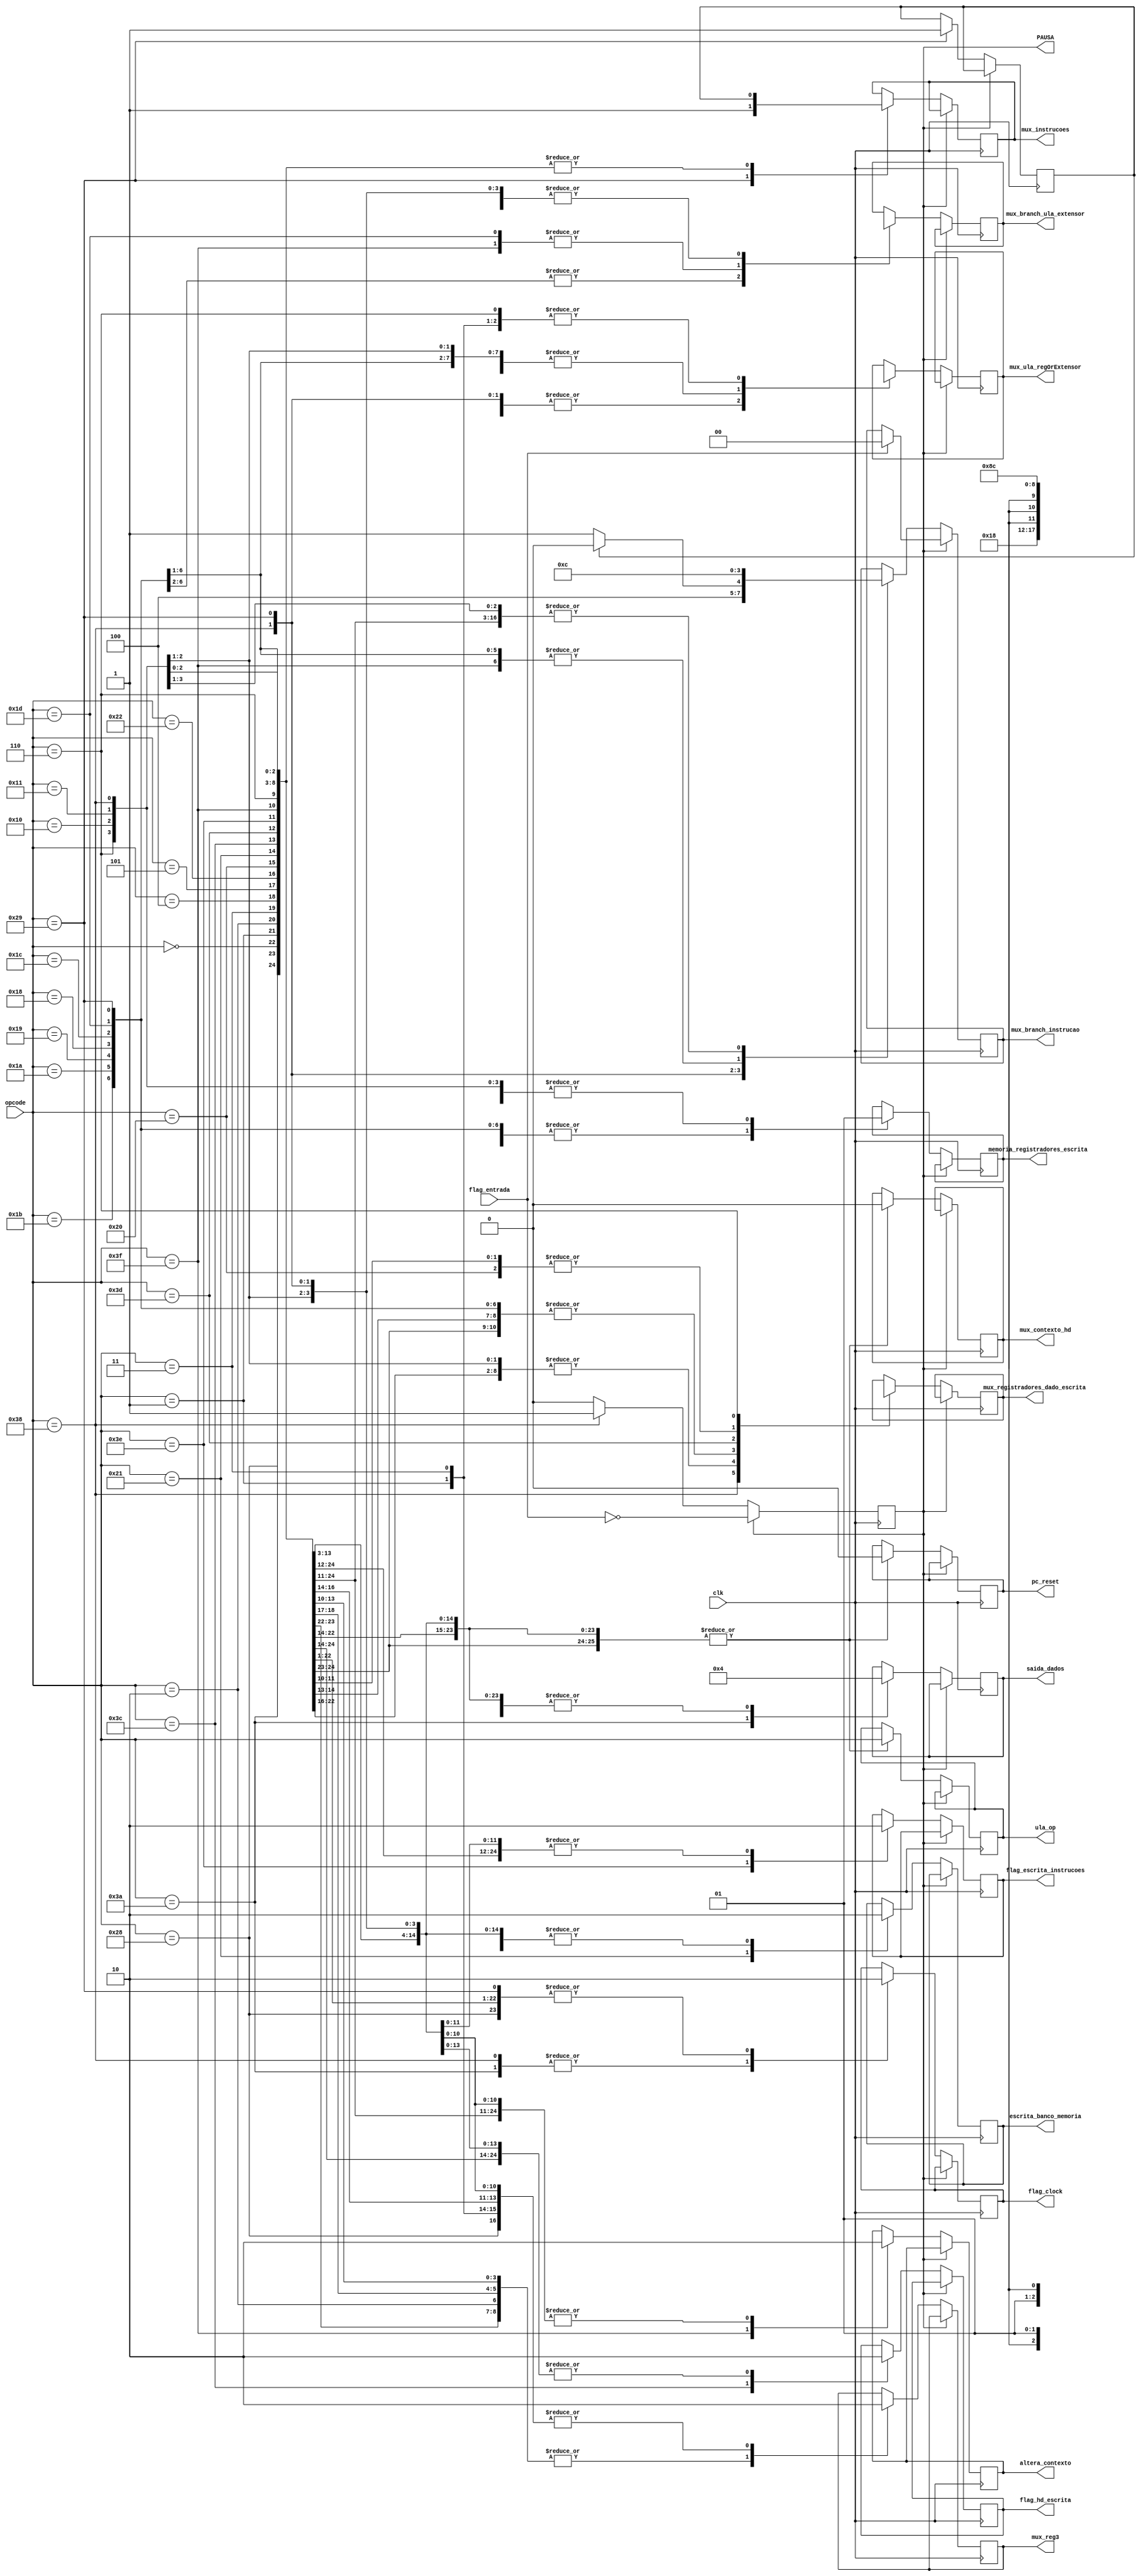
module unidadeControle(
clk,
opcode,
pc_reset,
mux_branch_instrucao,
mux_branch_ula_extensor,
memoria_registradores_escrita,
mux_registradores_dado_escrita,
mux_ula_regOrExtensor,
ula_op,
escrita_banco_memoria,
saida_dados,
mux_reg3,
flag_entrada,
flag_clock,
flag_hd_escrita,
flag_escrita_instrucoes,
mux_instrucoes,
altera_contexto,
mux_contexto_hd,
PAUSA
);


	input [5:0] opcode;
	input clk, flag_entrada;
	
	//flags
	output reg pc_reset, mux_branch_ula_extensor,
	memoria_registradores_escrita, mux_ula_regOrExtensor,
	escrita_banco_memoria, mux_reg3, flag_clock, flag_hd_escrita, flag_escrita_instrucoes,mux_instrucoes, altera_contexto, mux_contexto_hd;
	
	output reg [1:0] saida_dados, mux_branch_instrucao;
	output reg [2:0] mux_registradores_dado_escrita;
	
	output reg [5:0] ula_op;
	
	output reg PAUSA = 1'b0;
	
	
	
	//INSTRUCOES ARITMETICAS
	localparam [5:0] ADD = 6'b000000, ADDI = 6'b000001, ADDPC = 6'b000110, SUB = 6'b000010, SUBI = 6'b000011, MULT = 6'b000100, DIV = 6'b000101;
	
	//INSTRUES DE LGICA
	localparam [5:0] AND = 6'b001000, ANDI = 6'b001001, OR = 6'b001010, ORI = 6'b001011, NOT = 6'b001100, XOR = 6'b001101;
	
	//INSTRUOES DE DESLOCAMENTO
	localparam [5:0] SLL = 6'b010000, SRL = 6'b010001;
	
	//INSTRUOES DE BRANCH
	localparam [5:0] BEQ = 6'b011000, BNE = 6'b011001, BGT = 6'b011010, BLT = 6'b011011, JMP = 6'b011100, JMPR = 6'b011101;
	
	//INSTRUOES DE DADOS
	localparam [5:0] LW = 6'b100000, STORE = 6'b100001, MOV = 6'b100010;
	
	//INSTRUES DE CONTROLE
	localparam [5:0] NOP = 6'b101000, RESET = 6'b101010, HLT = 6'b101001;
	
	//INSTRUES I/O		
	localparam [5:0] OUT3 = 6'b111010, IN = 6'b111000, OUT = 6'b111001;
	
	//istrucoes I/O HD - instrucoes para o hd precisam de psasar o contexto 
	localparam [5:0] HDIN = 6'b111100, HDOUT = 6'b111101;
	
	//instrucao HD -> MEM INSTRUCOES
	localparam [5:0] HDINS = 6'b111110;
	
	//instrucao troca d contexto
	localparam [5:0] TROCACONT = 6'b111111;

	reg alternaBios = 1'b0;
	
	always @(negedge clk) begin
			if(PAUSA == 1'b1) begin
				PAUSA = ~flag_entrada;
				if (flag_entrada == 1'b1)
					mux_branch_instrucao = 2'b00;
			end
			else begin
				case (opcode[5:0])
					BLT: begin
						pc_reset = 1'b0;
						mux_branch_instrucao = 2'b11;
						mux_branch_ula_extensor = 1'b0;
						memoria_registradores_escrita = 1'b0;
						mux_registradores_dado_escrita = 3'bxx;
						mux_ula_regOrExtensor = 1'b0;
						ula_op = opcode;
						escrita_banco_memoria = 1'b0;
						saida_dados = 2'b00;
						mux_reg3 = 1'b0;
						flag_clock = 1'b0;
						flag_hd_escrita = 1'b0;
						flag_escrita_instrucoes = 1'b0;
						mux_instrucoes = alternaBios;
						altera_contexto = 1'b0;
						mux_contexto_hd = 1'b0;
					end
				
					BGT: begin
						pc_reset = 1'b0;
						mux_branch_instrucao = 2'b11;
						mux_branch_ula_extensor = 1'b0;
						memoria_registradores_escrita = 1'b0;
						mux_registradores_dado_escrita = 3'bxx;
						mux_ula_regOrExtensor = 1'b0;
						ula_op = opcode;
						escrita_banco_memoria = 1'b0;
						saida_dados = 2'b00;
						mux_reg3 = 1'b0;
						flag_clock = 1'b0;
						flag_hd_escrita = 1'b0;
						flag_escrita_instrucoes = 1'b0;
						mux_instrucoes = alternaBios;
						altera_contexto = 1'b0;
						mux_contexto_hd = 1'b0;
					end
				
					BNE: begin
						pc_reset = 1'b0;
						mux_branch_instrucao = 2'b11;
						mux_branch_ula_extensor = 1'b0;
						memoria_registradores_escrita = 1'b0;
						mux_registradores_dado_escrita = 3'bxx;
						mux_ula_regOrExtensor = 1'b0;
						ula_op = opcode;
						escrita_banco_memoria = 1'b0;
						saida_dados = 2'b00;
						mux_reg3 = 1'b0;
						flag_clock = 1'b0;
						flag_hd_escrita = 1'b0;
						flag_escrita_instrucoes = 1'b0;
						mux_instrucoes = alternaBios;
						altera_contexto = 1'b0;
						mux_contexto_hd = 1'b0;
					end
				
					BEQ: begin
						pc_reset = 1'b0;
						mux_branch_instrucao = 2'b11;
						mux_branch_ula_extensor = 1'b0;
						memoria_registradores_escrita = 1'b0;
						mux_registradores_dado_escrita = 3'bxx;
						mux_ula_regOrExtensor = 1'b0;
						ula_op = opcode;
						escrita_banco_memoria = 1'b0;
						saida_dados = 2'b00;
						mux_reg3 = 1'b0;
						flag_clock = 1'b0;
						flag_hd_escrita = 1'b0;
						flag_escrita_instrucoes = 1'b0;
						mux_instrucoes = alternaBios;
						altera_contexto = 1'b0;
						mux_contexto_hd = 1'b0;
					end
					
					JMP: begin
						pc_reset = 1'b0;
						mux_branch_instrucao = 2'b11;
						mux_branch_ula_extensor = 1'b0;
						memoria_registradores_escrita = 1'b0;
						mux_registradores_dado_escrita = 3'bxx;
						mux_ula_regOrExtensor = 1'b0;
						ula_op = opcode;
						escrita_banco_memoria = 1'b0;
						saida_dados = 2'b00;
						mux_reg3 = 1'b0;
						flag_clock = 1'b0;
						flag_hd_escrita = 1'b0;
						flag_escrita_instrucoes = 1'b0;
						mux_instrucoes = alternaBios;
						altera_contexto = 1'b0;
						mux_contexto_hd = 1'b0;
					end
					
					JMPR: begin
						pc_reset = 1'b0;
						mux_branch_instrucao = 2'b11;
						mux_branch_ula_extensor = 1'b1;//seta que o dado vem da ula
						memoria_registradores_escrita = 1'b0;
						mux_registradores_dado_escrita = 3'bxx;
						mux_ula_regOrExtensor = 1'b0;
						ula_op = opcode;
						escrita_banco_memoria = 1'b0;
						saida_dados = 2'b00;
						mux_reg3 = 1'b0;
						flag_clock = 1'b0;
						flag_hd_escrita = 1'b0;
						flag_escrita_instrucoes = 1'b0;
						mux_instrucoes = alternaBios;
						altera_contexto = 1'b0;
						mux_contexto_hd = 1'b0;
					end
					
					SLL: begin
						pc_reset = 1'b0;
						mux_branch_instrucao = 2'b00;
						mux_branch_ula_extensor = 1'bx;
						memoria_registradores_escrita = 1'b1;
						mux_registradores_dado_escrita = 3'b000;
						mux_ula_regOrExtensor = 1'b0;
						ula_op = opcode;
						escrita_banco_memoria = 1'b0;
						saida_dados = 2'b00;
						mux_reg3 = 1'b0;
						flag_clock = 1'b0;
						flag_hd_escrita = 1'b0;
						flag_escrita_instrucoes = 1'b0;
						mux_instrucoes = alternaBios;
						altera_contexto = 1'b0;
						mux_contexto_hd = 1'b0;
					end
					
					SRL: begin
						pc_reset = 1'b0;
						mux_branch_instrucao = 2'b00;
						mux_branch_ula_extensor = 1'bx;
						memoria_registradores_escrita = 1'b1;
						mux_registradores_dado_escrita = 3'b000;
						mux_ula_regOrExtensor = 1'b0;
						ula_op = opcode;
						escrita_banco_memoria = 1'b0;
						saida_dados = 2'b00;
						mux_reg3 = 1'b0;
						flag_clock = 1'b0;
						flag_hd_escrita = 1'b0;
						flag_escrita_instrucoes = 1'b0;
						mux_instrucoes = alternaBios;
						altera_contexto = 1'b0;
						mux_contexto_hd = 1'b0;
					end
					
					IN: begin
						pc_reset = 1'b0;
						mux_branch_instrucao = 2'b10;
						mux_branch_ula_extensor = 1'bx;
						memoria_registradores_escrita = 1'b1;
						mux_registradores_dado_escrita = 3'b011;
						mux_ula_regOrExtensor = 1'bx;
						ula_op = opcode;
						escrita_banco_memoria = 1'b0;
						saida_dados = 2'b00;
						mux_reg3 = 1'b0;
						PAUSA = 1'b1;
						flag_clock = 1'b1;
						flag_hd_escrita = 1'b0;
						flag_escrita_instrucoes = 1'b0;
						mux_instrucoes = alternaBios;
						altera_contexto = 1'b0;
						mux_contexto_hd = 1'b0;
					end
					
					HLT: begin
						pc_reset = 1'b0;
						mux_branch_instrucao = 2'b00;
						mux_branch_ula_extensor = 1'bx;
						memoria_registradores_escrita = 1'b0;
						mux_registradores_dado_escrita = 3'bxxx;
						mux_ula_regOrExtensor = 1'bx;
						ula_op = opcode;
						escrita_banco_memoria = 1'b0;
						saida_dados = 2'b00;
						mux_reg3 = 1'b0;
						flag_clock = 1'b0;
						flag_hd_escrita = 1'b0;
						flag_escrita_instrucoes = 1'b0;
						if (alternaBios == 1'b0) begin
							alternaBios = 1'b1;
							mux_branch_instrucao = 2'b01;
						end
						else begin
							pc_reset = 1'b0;
						end
						mux_instrucoes = alternaBios;
						altera_contexto = 1'b0;
						mux_contexto_hd = 1'b0;
					end
					
					NOP: begin
						pc_reset = 1'b0;
						mux_branch_instrucao = 2'b00;
						mux_branch_ula_extensor = 1'bx;
						memoria_registradores_escrita = 1'b0;
						mux_registradores_dado_escrita = 3'bxxx; //dado memoria
						mux_ula_regOrExtensor = 1'b0;
						ula_op = opcode;
						escrita_banco_memoria = 1'b0;
						saida_dados = 2'b00;
						mux_reg3 = 1'b0;
						flag_clock = 1'b0;
						flag_hd_escrita = 1'b0;
						flag_escrita_instrucoes = 1'b0;
						mux_instrucoes = alternaBios;
						altera_contexto = 1'b0;
						mux_contexto_hd = 1'b0;
					end
					
					OUT3: begin
						pc_reset = 1'b0;
						mux_branch_instrucao = 2'b00;
						mux_branch_ula_extensor = 1'bx;
						memoria_registradores_escrita = 1'b0;
						mux_registradores_dado_escrita = 3'bxxx;
						mux_ula_regOrExtensor = 1'bx;
						ula_op = opcode;
						escrita_banco_memoria = 1'b0;
						saida_dados = 2'b01;
						mux_reg3 = 1'b1;
						flag_clock = 1'b1;
						flag_hd_escrita = 1'b0;
						flag_escrita_instrucoes = 1'b0;
						mux_instrucoes = alternaBios;
						altera_contexto = 1'b0;
						mux_contexto_hd = 1'b0;
					end
						
						
					ADD: begin
						pc_reset = 1'b0;
						mux_branch_instrucao = 2'b00;
						mux_branch_ula_extensor = 1'bx;
						memoria_registradores_escrita = 1'b1;
						mux_registradores_dado_escrita = 3'b000;
						mux_ula_regOrExtensor = 1'b0;
						ula_op = opcode;
						escrita_banco_memoria = 1'b0;
						saida_dados = 2'b00;
						mux_reg3 = 1'b1;
						flag_clock = 1'b0;
						flag_hd_escrita = 1'b0;
						flag_escrita_instrucoes = 1'b0;
						mux_instrucoes = alternaBios;
						altera_contexto = 1'b0;
						mux_contexto_hd = 1'b0;
					end
					
					ADDI: begin
						pc_reset = 1'b0;
						mux_branch_instrucao = 2'b00;
						mux_branch_ula_extensor = 1'bx;
						memoria_registradores_escrita = 1'b1;
						mux_registradores_dado_escrita = 3'b000;
						mux_ula_regOrExtensor = 1'b1;
						ula_op = opcode;
						escrita_banco_memoria = 1'b0;
						saida_dados = 2'b00;
						mux_reg3 = 1'b0;
						flag_clock = 1'b0;
						flag_hd_escrita = 1'b0;
						flag_escrita_instrucoes = 1'b0;
						mux_instrucoes = alternaBios;
						altera_contexto = 1'b0;
						mux_contexto_hd = 1'b0;
					end
					
					SUB: begin
						pc_reset = 1'b0;
						mux_branch_instrucao = 2'b00;
						mux_branch_ula_extensor = 1'bx;
						memoria_registradores_escrita = 1'b1;
						mux_registradores_dado_escrita = 3'b000;
						mux_ula_regOrExtensor = 1'b0;
						ula_op = opcode;
						escrita_banco_memoria = 1'b0;
						saida_dados = 2'b00;
						mux_reg3 = 1'b1;
						flag_clock = 1'b0;
						flag_hd_escrita = 1'b0;
						flag_escrita_instrucoes = 1'b0;
						mux_instrucoes = alternaBios;
						altera_contexto = 1'b0;
						mux_contexto_hd = 1'b0;
					end
					
					SUBI: begin
						pc_reset = 1'b0;
						mux_branch_instrucao = 2'b00;
						mux_branch_ula_extensor = 1'bx;
						memoria_registradores_escrita = 1'b1;
						mux_registradores_dado_escrita = 3'b000;
						mux_ula_regOrExtensor = 1'b1;
						ula_op = opcode;
						escrita_banco_memoria = 1'b0;
						saida_dados = 2'b00;
						mux_reg3 = 1'b0;
						flag_clock = 1'b0;
						flag_hd_escrita = 1'b0;
						flag_escrita_instrucoes = 1'b0;
						mux_instrucoes = alternaBios;
						altera_contexto = 1'b0;
						mux_contexto_hd = 1'b0;
					end
					
					MULT: begin
						pc_reset = 1'b0;
						mux_branch_instrucao = 2'b00;
						mux_branch_ula_extensor = 1'bx;
						memoria_registradores_escrita = 1'b1;
						mux_registradores_dado_escrita = 3'b000;
						mux_ula_regOrExtensor = 1'b0;
						ula_op = opcode;
						escrita_banco_memoria = 1'b0;
						saida_dados = 2'b00;
						mux_reg3 = 1'b1;
						flag_clock = 1'b0;
						flag_hd_escrita = 1'b0;
						flag_escrita_instrucoes = 1'b0;
						mux_instrucoes = alternaBios;
						altera_contexto = 1'b0;
						mux_contexto_hd = 1'b0;
					end
					
					DIV: begin
						pc_reset = 1'b0;
						mux_branch_instrucao = 2'b00;
						mux_branch_ula_extensor = 1'bx;
						memoria_registradores_escrita = 1'b1;
						mux_registradores_dado_escrita = 3'b000;
						mux_ula_regOrExtensor = 1'b0;
						ula_op = opcode;
						escrita_banco_memoria = 1'b0;
						saida_dados = 2'b00;
						mux_reg3 = 1'b1;
						flag_clock = 1'b0;
						flag_hd_escrita = 1'b0;
						flag_escrita_instrucoes = 1'b0;
						mux_instrucoes = alternaBios;
						altera_contexto = 1'b0;
						mux_contexto_hd = 1'b0;
					end
					
					MOV: begin
						pc_reset = 1'b0;
						mux_branch_instrucao = 2'b00;
						mux_branch_ula_extensor = 1'bx;
						memoria_registradores_escrita = 1'b1;
						mux_registradores_dado_escrita = 3'b000;
						mux_ula_regOrExtensor = 1'b0;
						ula_op = opcode;
						escrita_banco_memoria = 1'b0;
						saida_dados = 2'b00;
						mux_reg3 = 1'b0;
						flag_clock = 1'b0;
						flag_hd_escrita = 1'b0;
						flag_escrita_instrucoes = 1'b0;
						mux_instrucoes = alternaBios;
						altera_contexto = 1'b0;
						mux_contexto_hd = 1'b0;
					end
					
					LW: begin
						pc_reset = 1'b0;
						mux_branch_instrucao = 2'b00;
						mux_branch_ula_extensor = 1'bx;
						memoria_registradores_escrita = 1'b1;
						mux_registradores_dado_escrita = 3'b001; //dado memoria
						mux_ula_regOrExtensor = 1'b0;
						ula_op = opcode;
						escrita_banco_memoria = 1'b0;
						saida_dados = 2'b00;
						mux_reg3 = 1'b0;
						flag_clock = 1'b0;
						flag_hd_escrita = 1'b0;
						flag_escrita_instrucoes = 1'b0;
						mux_instrucoes = alternaBios;
						altera_contexto = 1'b0;
						mux_contexto_hd = 1'b0;
					end
					
					STORE: begin
						pc_reset = 1'b0;
						mux_branch_instrucao = 2'b00;
						mux_branch_ula_extensor = 1'bx;
						memoria_registradores_escrita = 1'b0;
						mux_registradores_dado_escrita = 3'bxxx; //dado memoria
						mux_ula_regOrExtensor = 1'b0;
						ula_op = opcode;
						escrita_banco_memoria = 1'b1;
						saida_dados = 2'b00;
						mux_reg3 = 1'b0;
						flag_clock = 1'b0;
						flag_hd_escrita = 1'b0;
						flag_escrita_instrucoes = 1'b0;
						mux_instrucoes = alternaBios;
						altera_contexto = 1'b0;
						mux_contexto_hd = 1'b0;
					end
					
					HDIN: begin
						pc_reset = 1'b0;
						mux_branch_instrucao = 2'b00;
						mux_branch_ula_extensor = 1'bx;
						memoria_registradores_escrita = 1'b0;
						mux_registradores_dado_escrita = 3'bxxx; //dado memoria
						mux_ula_regOrExtensor = 1'b0;
						ula_op = opcode;
						escrita_banco_memoria = 1'b0;
						saida_dados = 2'b00;
						mux_reg3 = 1'b1;
						flag_clock = 1'b0;
						flag_hd_escrita = 1'b1;
						flag_escrita_instrucoes = 1'b0;
						mux_instrucoes = alternaBios;
						altera_contexto = 1'b0;
						mux_contexto_hd = 1'b0;
					end
					
					HDOUT: begin
						pc_reset = 1'b0;
						mux_branch_instrucao = 2'b00;
						mux_branch_ula_extensor = 1'bx;
						memoria_registradores_escrita = 1'b1;
						mux_registradores_dado_escrita = 3'b010; //dado memoria
						mux_ula_regOrExtensor = 1'b0;
						ula_op = opcode;
						escrita_banco_memoria = 1'b0;
						saida_dados = 2'b00;
						mux_reg3 = 1'b1;
						flag_clock = 1'b0;
						flag_hd_escrita = 1'b0;
						flag_escrita_instrucoes = 1'b0;
						mux_instrucoes = alternaBios;
						altera_contexto = 1'b0;
						mux_contexto_hd = 1'b0;
					end
					
					HDINS: begin
						pc_reset = 1'b0;
						mux_branch_instrucao = 2'b00;
						mux_branch_ula_extensor = 1'bx;
						memoria_registradores_escrita = 1'b0;
						mux_registradores_dado_escrita = 3'b001; //dado memoria
						mux_ula_regOrExtensor = 1'b0;
						ula_op = opcode;
						escrita_banco_memoria = 1'b0;
						saida_dados = 2'b00;
						mux_reg3 = 1'b1;
						flag_clock = 1'b0;
						flag_hd_escrita = 1'b0;
						flag_escrita_instrucoes = 1'b1;
						mux_instrucoes = alternaBios;
						altera_contexto = 1'b0;
						mux_contexto_hd = 1'b0;
					end
					
					TROCACONT: begin
						pc_reset = 1'b0;
						mux_branch_instrucao = 2'b11;
						mux_branch_ula_extensor = 1'b1;
						memoria_registradores_escrita = 1'b0;
						mux_registradores_dado_escrita = 3'b001; //dado memoria
						mux_ula_regOrExtensor = 1'b0;
						ula_op = opcode;
						escrita_banco_memoria = 1'b0;
						saida_dados = 2'b00;
						mux_reg3 = 1'b1;
						flag_clock = 1'b0;
						flag_hd_escrita = 1'b0;
						flag_escrita_instrucoes = 1'b0;
						mux_instrucoes = alternaBios;
						altera_contexto = 1'b1;
						mux_contexto_hd = 1'b0;
					end
					
					ADDPC: begin //armazena o endereco do PC em algum lugar
						pc_reset = 1'b0;
						mux_branch_instrucao = 2'b00;
						mux_branch_ula_extensor = 1'bx;
						memoria_registradores_escrita = 1'b1;
						mux_registradores_dado_escrita = 3'b100;
						mux_ula_regOrExtensor = 1'b1;
						ula_op = opcode;
						escrita_banco_memoria = 1'b0;
						saida_dados = 2'b00;
						mux_reg3 = 1'b0;
						flag_clock = 1'b0;
						flag_hd_escrita = 1'b0;
						flag_escrita_instrucoes = 1'b0;
						mux_instrucoes = alternaBios;
						altera_contexto = 1'b0;
						mux_contexto_hd = 1'b0;
					end
					
					
				endcase
			end
	end

	
endmodule